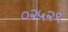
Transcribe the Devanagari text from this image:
०२५२९